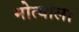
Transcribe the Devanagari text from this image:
मोत्याला